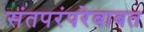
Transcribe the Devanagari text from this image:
संतपरंपरेबाबत